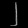
Digit: ၂